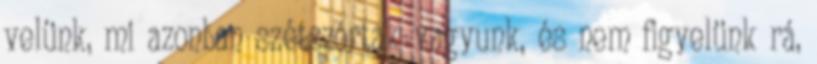
velünk, mi azonban szétszórtak vagyunk, és nem figyelünk rá,